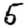
Digit: 5